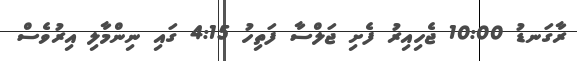
ރާގަނޑު 10:00 ޖެހިއިރު ފެށި ޖަލްސާ ފަތިހު 4:15 ގައި ނިންމާލި އިރުވެސް